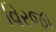
વિરજા